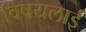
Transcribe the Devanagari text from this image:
विषयलाई